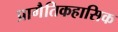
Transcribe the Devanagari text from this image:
प्रागैतिकहासिक